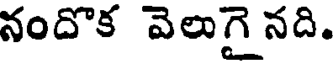
నందొక వెలుగైనది.